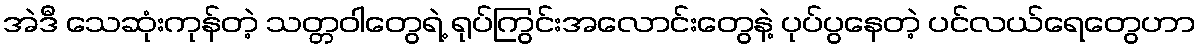
အဲဒီ သေဆုံးကုန်တဲ့ သတ္တဝါတွေရဲ့ ရုပ်ကြွင်းအလောင်းတွေနဲ့ ပုပ်ပွနေတဲ့ ပင်လယ်ရေတွေဟာ